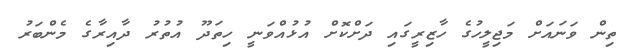
ތިން ވަނައަށް މަޖިލީހުގެ ހާޒިރީގައި ދަށްކޮށް އުޅުއްވަނީ ހިތަދޫ އުތުރު ދާއިރާގެ މެންބަރު